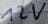
Text: 12V